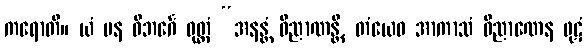
ကရောတိ။ ယံ ပန ဝိဘင်္ဂေ ဝုတ္တံ “အနန္တံ ဝိညာဏန္တိ, တံယေဝ အာကာသံ ဝိညာဏေန ဖုဋံ